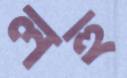
লহু